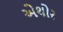
એથોર